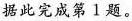
据此完成第1题。